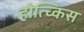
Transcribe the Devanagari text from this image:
होत्च्किस